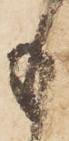
も